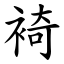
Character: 裿